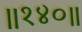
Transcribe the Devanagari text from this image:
॥१४०॥